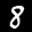
Label: 8